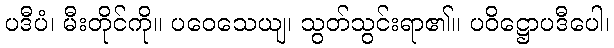
ပဒီပံ၊ မီးတိုင်ကို။ ပဝေသေယျ၊ သွတ်သွင်းရာ၏။ ပဝိဋ္ဌောပဒီပေါ၊